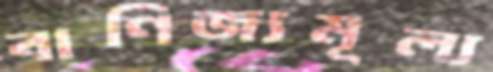
বাণিজ্যমূল্য